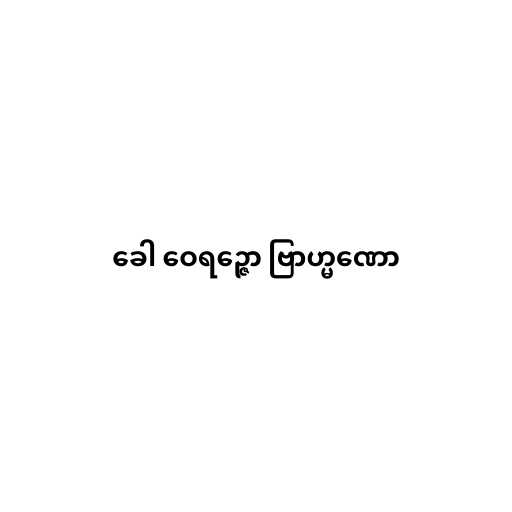
ခေါ ဝေရဉ္ဇော ဗြာဟ္မဏော